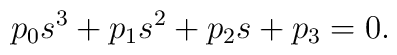
p_0 s^3 +p_1 s^2 +p_2 s +p_3 =0.